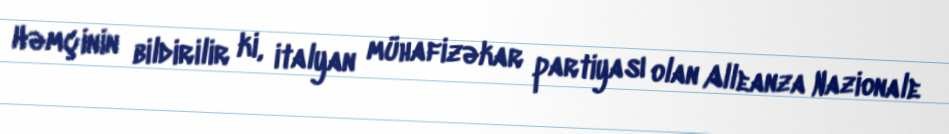
Həmçinin bildirilir ki, italyan mühafizəkar partiyası olan Alleanza Nazionale